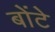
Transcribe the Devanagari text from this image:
बोंटे